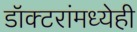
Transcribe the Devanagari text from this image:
डॉक्‍टरांमध्येही